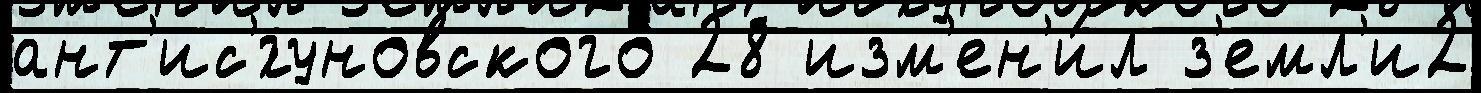
ант'ис'́гуновского 28 изм'ен'и́л з'емл'и2